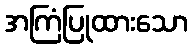
အကြံပြုထားသော